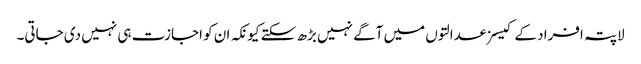
لاپتہ افراد کے کیسز عدالتوں میں آگے نہیں بڑھ سکتے کیونکہ ان کو اجازت ہی نہیں دی جاتی۔